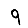
Digit: 9